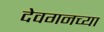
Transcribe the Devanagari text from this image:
देवगनच्या